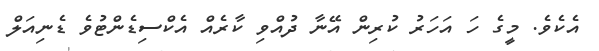
އެކެވެ. މީގެ ހަ އަހަރު ކުރިން އޭނާ ދުއްވި ކާރެއް އެކްސިޑެންޓުވެ ޑެނިއަލް